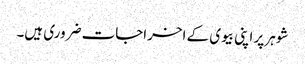
شوہر پر اپنی بیوی کے اخراجات ضروری ہیں۔